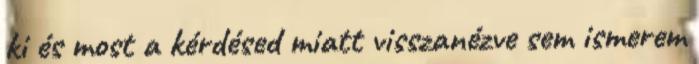
ki és most a kérdésed miatt visszanézve sem ismerem